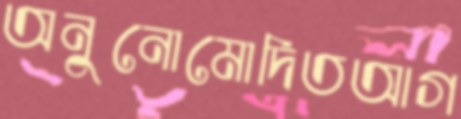
অনুনোমোদিতআগ